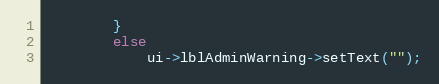
Language: C++
        }
        else
            ui->lblAdminWarning->setText("");